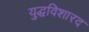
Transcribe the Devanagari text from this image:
युद्धविशारद